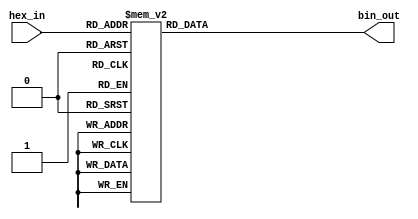
module hex_to_bin_encoder (
    input [3:0] hex_in,    // 4-bit input for hexadecimal digit
    output reg [3:0] bin_out // 4-bit output for binary equivalent
);

// Combinational logic to map hexadecimal digits to binary
always @(*) begin
    case(hex_in)
        4'b0000: bin_out = 4'b0000; // 0
        4'b0001: bin_out = 4'b0001; // 1
        4'b0010: bin_out = 4'b0010; // 2
        4'b0011: bin_out = 4'b0011; // 3
        4'b0100: bin_out = 4'b0100; // 4
        4'b0101: bin_out = 4'b0101; // 5
        4'b0110: bin_out = 4'b0110; // 6
        4'b0111: bin_out = 4'b0111; // 7
        4'b1000: bin_out = 4'b1000; // 8
        4'b1001: bin_out = 4'b1001; // 9
        4'b1010: bin_out = 4'b1010; // A (10)
        4'b1011: bin_out = 4'b1011; // B (11)
        4'b1100: bin_out = 4'b1100; // C (12)
        4'b1101: bin_out = 4'b1101; // D (13)
        4'b1110: bin_out = 4'b1110; // E (14)
        4'b1111: bin_out = 4'b1111; // F (15)
        default: bin_out = 4'b0000; // Default case (should not occur with valid input)
    endcase
end

endmodule